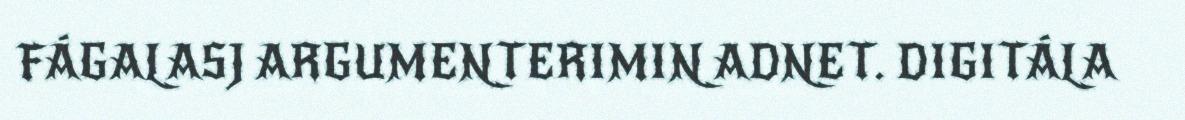
FÁGALASJ ARGUMENTERIMIN ADNET. DIGITÁLA